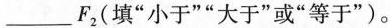
___F_{2}(填”小于””大于”或”等于”)。